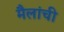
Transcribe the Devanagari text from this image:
मैलांची